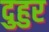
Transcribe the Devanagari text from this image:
दुहुर